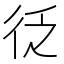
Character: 𭛦